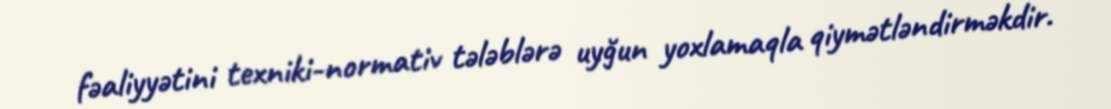
fəaliyyətini texniki-normativ tələblərə uyğun yoxlamaqla qiymətləndirməkdir.